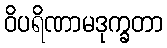
ဝိပရိဏာမဒုက္ခတာ